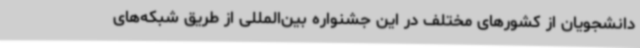
دانشجویان از کشورهای مختلف در این جشنواره بین‌المللی از طریق شبکه‌های